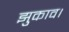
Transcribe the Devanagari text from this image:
झुकाव।